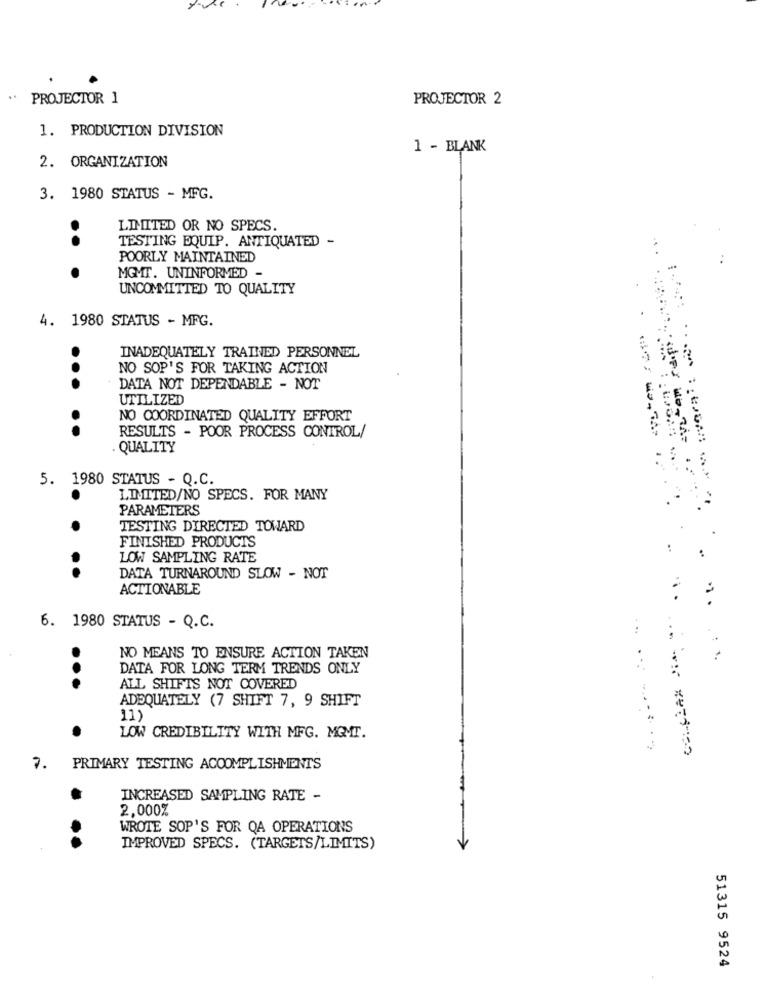
PROJECTOR 1
PROJECTOR 2
1. PRODUCTION DIVISION
1 - BLANK
2. ORGANIZATION
3. 1980 STATUS - MFG.
LIMITED OR NO SPECS.
TESTING EQUIP. ANTIQUATED -
..
POORLY MAINTAINED
.
MGMT. UNINFORMED -
UNCOMMITTED TO QUALITY
4. 1980 STATUS - MFG.
INADEQUATELY TRAINED PERSONNEL
NO SOP'S FOR TAKING ACTION
...
DATA NOT DEPENDABLE - NOT
UTILIZED
NO COORDINATED QUALITY EFFORT
..
RESULTS - POOR PROCESS CONTROL/
. QUALITY
..
5. 1980 STATUS - Q.C.
.
LIMITED/NO SPECS. FOR MANY
PARAMETERS
TESTING DIRECTED TOWARD
FINISHED PRODUCTS
:
LOW SAMPLING RATE
..
DATA TURNAROUND SLOW - NOT
ACTIONABLE
6. 1980 STATUS - Q.C.
NO MEANS TO ENSURE ACTION TAKEN
DATA FOR LONG TERM TRENDS ONLY
...
ALL SHIFTS NOT COVERED
ADEQUATELY (7 SHIFT 7, 9 SHIFT
11)
LOW CREDIBILITY WITH MFG. MGMT.
... ... ........
PRIMARY TESTING ACCOMPLISHMENTS
INCREASED SAMPLING RATE -
2,000%
WROTE SOP'S FOR QA OPERATIONS
IMPROVED SPECS. (TARGETS/LIMITS)
51315 9524